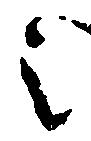
之